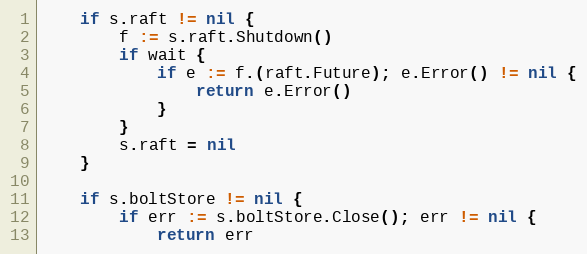
Language: Go
	if s.raft != nil {
		f := s.raft.Shutdown()
		if wait {
			if e := f.(raft.Future); e.Error() != nil {
				return e.Error()
			}
		}
		s.raft = nil
	}

	if s.boltStore != nil {
		if err := s.boltStore.Close(); err != nil {
			return err